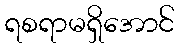
ရစရာမရှိအောင်